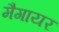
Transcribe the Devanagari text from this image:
मैगायर